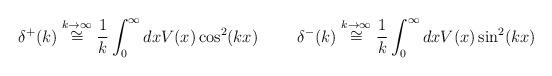
LaTeX: \begin{align*}\delta^+(k)\stackrel{k\rightarrow\infty}{\cong} \frac{1}{k}\int_0^\infty dxV(x) \cos^2(k x)\hspace{1cm}\delta^-(k)\stackrel{k\rightarrow\infty}{\cong} \frac{1}{k}\int_0^\infty dxV(x) \sin^2(k x)\end{align*}